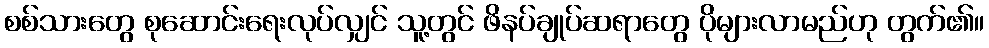
စစ်သားတွေ စုဆောင်းရေးလုပ်လျှင် သူ့တွင် ဖိနပ်ချုပ်ဆရာတွေ ပိုများလာမည်ဟု တွက်၏။